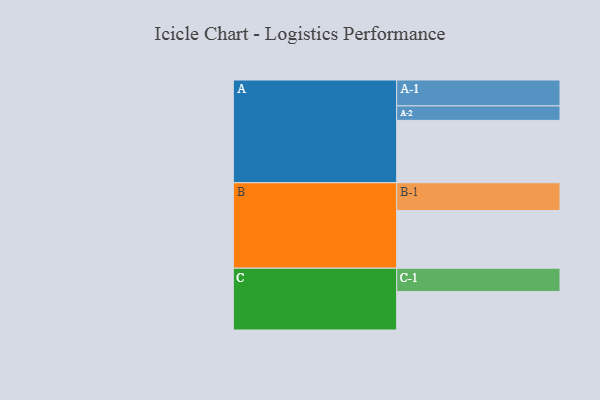
{"axis": {"x": "Segment", "y": "Value"}, "legend": ["", "A", "B", "C"], "data": [{"x": "A", "y": 539, "type": ""}, {"x": "B", "y": 499, "type": ""}, {"x": "C", "y": 333, "type": ""}, {"x": "A-1", "y": 224, "type": "A"}, {"x": "A-2", "y": 125, "type": "A"}, {"x": "B-1", "y": 240, "type": "B"}, {"x": "C-1", "y": 201, "type": "C"}]}